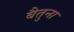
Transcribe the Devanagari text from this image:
बैतुना